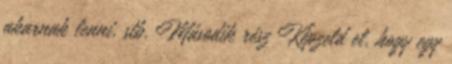
akarnak lenni, stb. Második rész Képzeld el, hogy egy